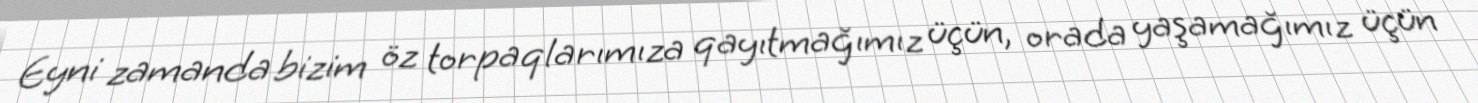
Eyni zamanda bizim öz torpaqlarımıza qayıtmağımız üçün, orada yaşamağımız üçün